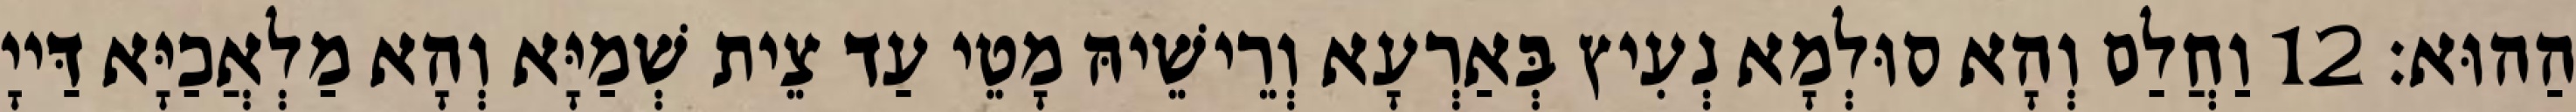
הַהוּא׃ 12 וַחֲלַם וְהָא סוּלְמָא נְעִיץ בְּאַרְעָא וְרֵישֵׁיהּ מָטֵי עַד צֵית שְׁמַיָּא וְהָא מַלְאֲכַיָּא דַּייָ